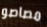
مصاصو